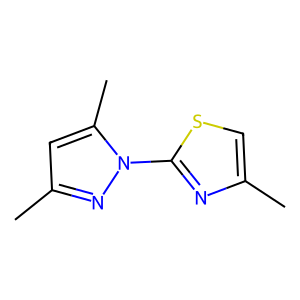
SMILES: Cc1csc(-n2nc(C)cc2C)n1
Inhibits HIV replication: No